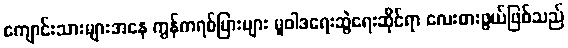
ကျောင်းသားများအနေ ကွန်ကရစ်ပြားများ မူဝါဒရေးဆွဲရေးဆိုင်ရာ လေးစားဖွယ်ဖြစ်သည်